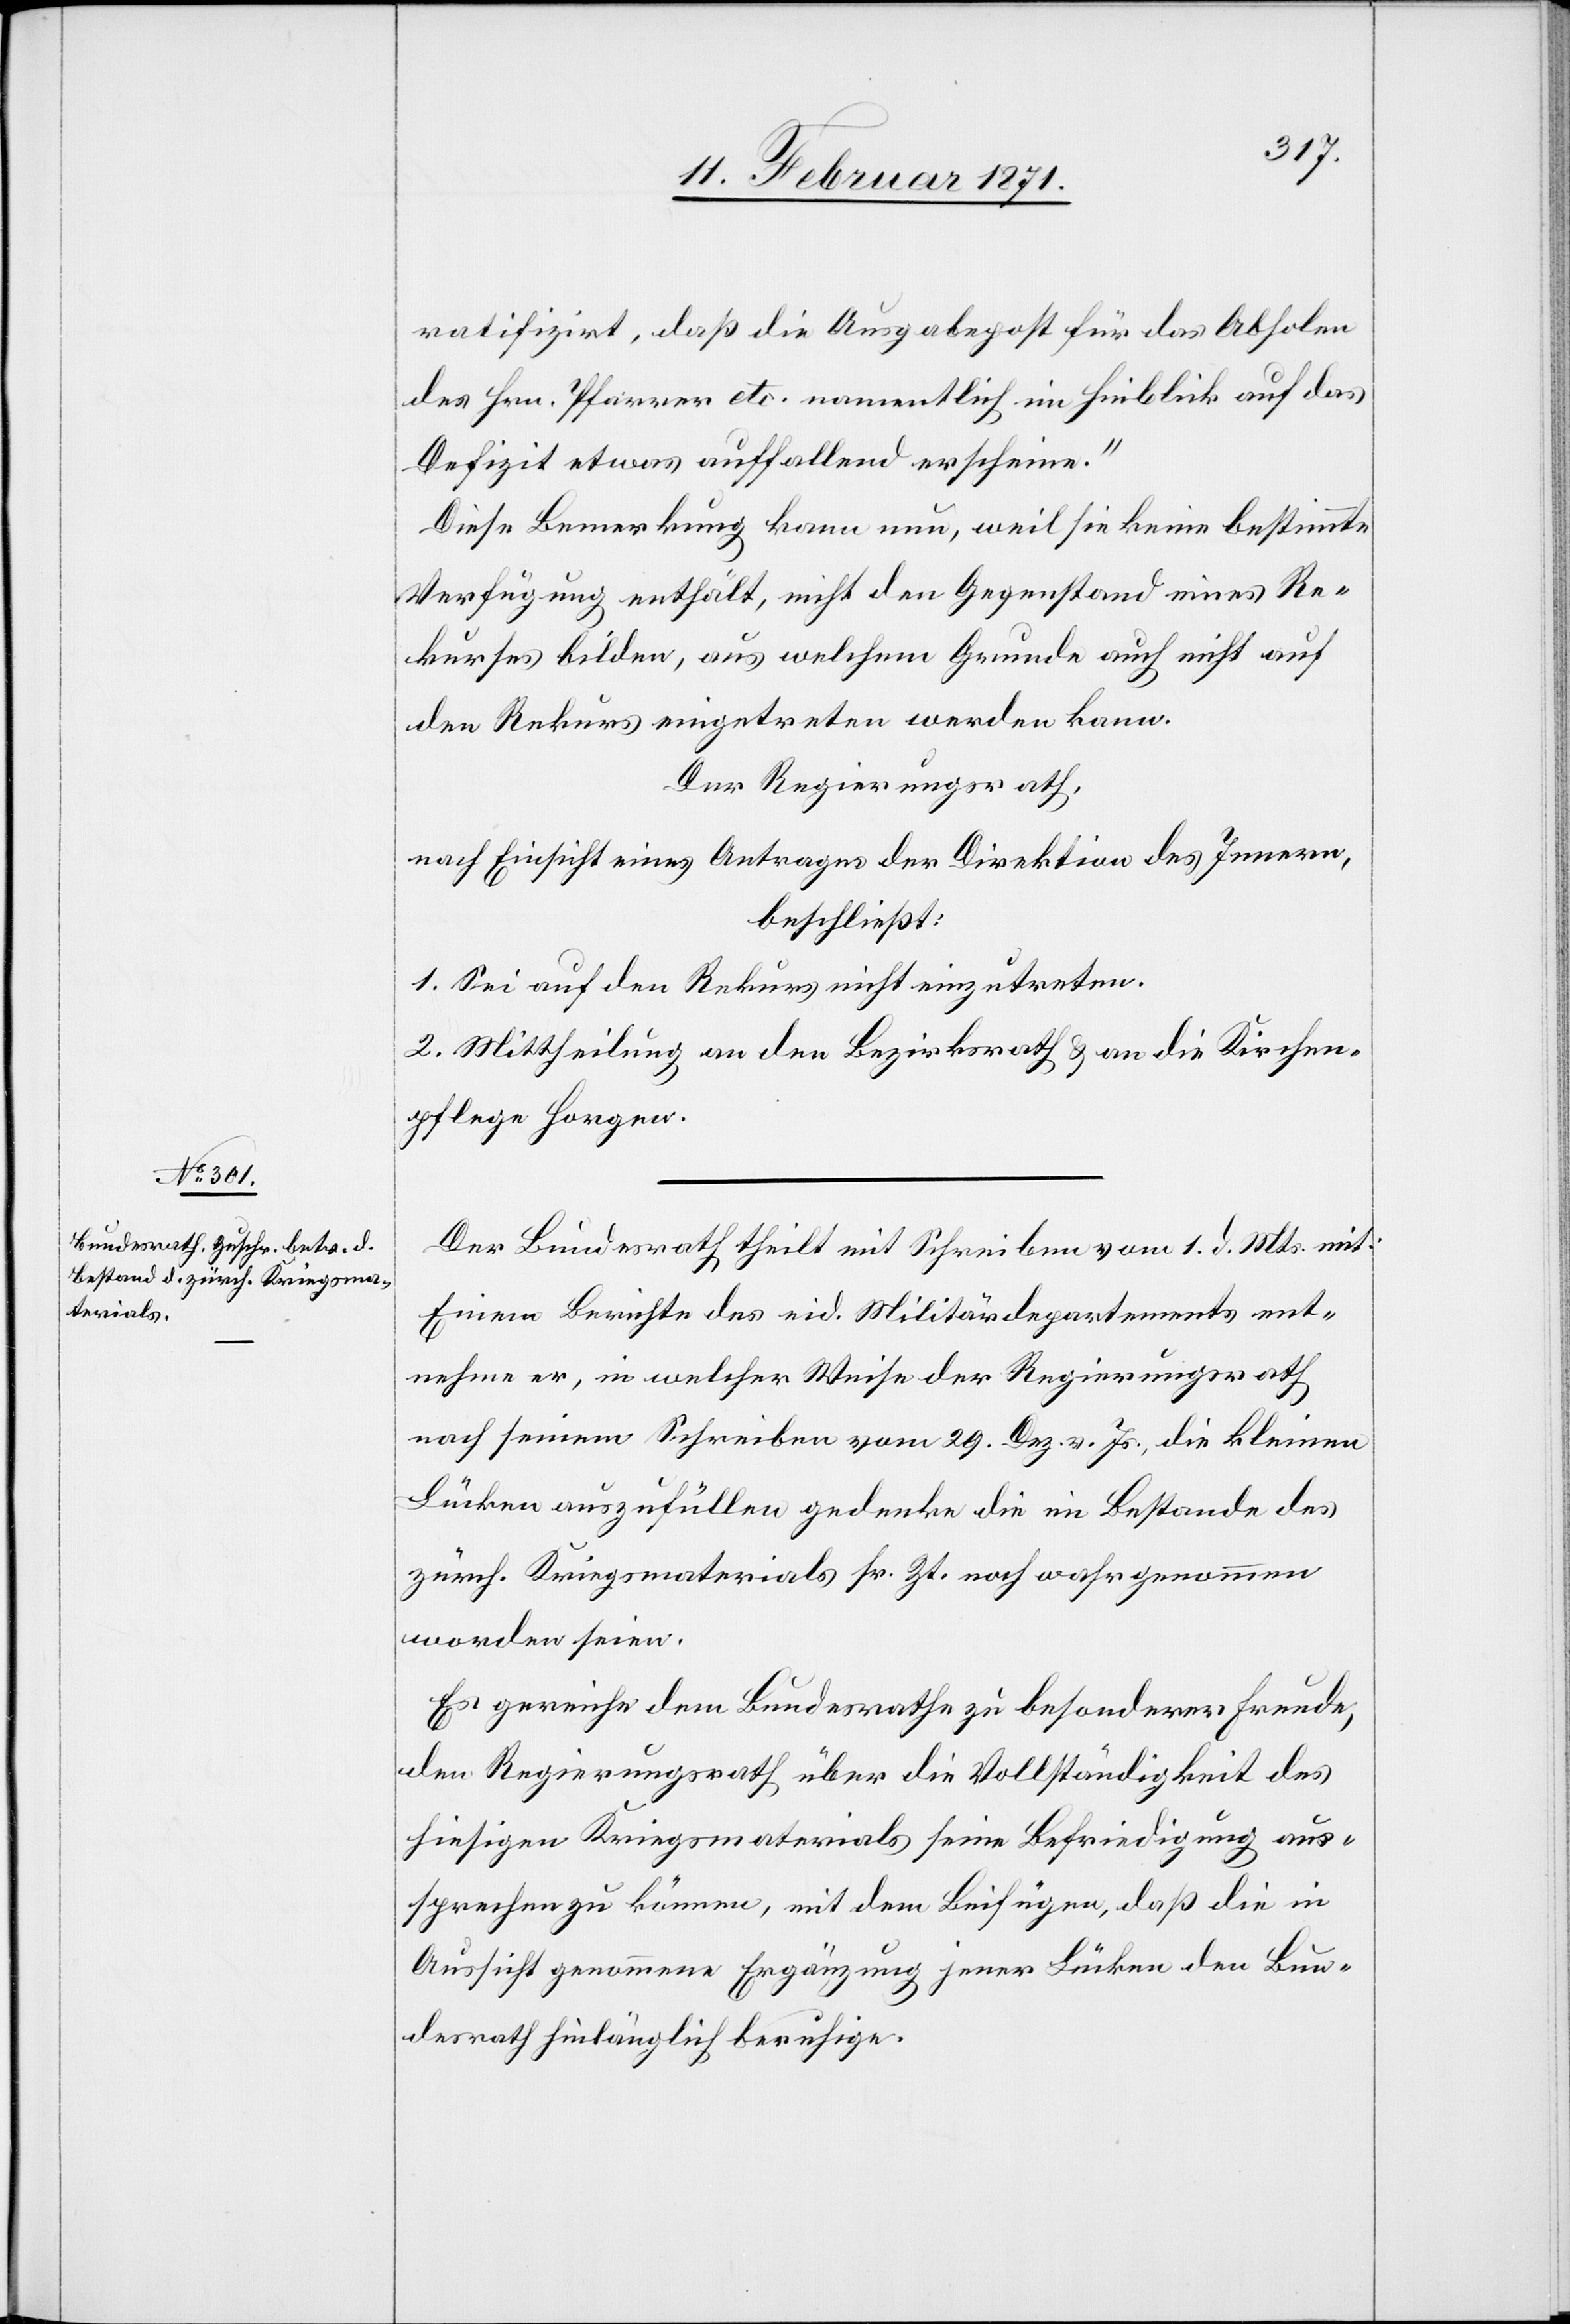
ratifizirt, daß die Ausgabepost für das Abholen
des Hrn. Pfarrer etc. namentlich im Hinblick auf das
Defizit etwas auffallend erscheine.“
Diese Bemerkung kann nun, weil sie keine bestimmte
Verfügung enthält, nicht den Gegenstand eines Re¬
kurses bilden, aus welchem Grunde auch nicht auf
den Rekurs eingetreten werden kann.
Der Regierungsrath,
nach Einsicht eines Antrages der Direktion des Innern,
beschließt:
1. Sei auf den Rekurs nicht einzutreten.
2. Mittheilung an den Bezirksrath u. an die Kirchen¬
pflege Horgen.
Der Bundesrath theilt mit Schreiben vom 1. d. Mts. mit:
Einem Berichte des eid. Militärdepartements ent¬
nehme er, in welcher Weise der Regierungsrath
nach seinem Schreiben vom 29. Dez. v. Js., die kleinen
Lücken auszufüllen gedenke die im Bestande des
zürch. Kriegsmaterials sr. Zt. noch wahrgenommen
worden seien.
Es gereiche dem Bundesrathe zu besonderer Freude,
den Regierungsrath über die Vollständigkeit des
hiesigen Kriegsmaterials seine Befriedigung aus¬
sprechen zu können, mit dem Beifügen, daß die in
Aussicht genommene Ergänzung jener Lücken den Bun¬
desrath hinlänglich beruhige.